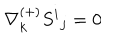
LaTeX: \nabla _ { k } ^ { ( + ) } S ^ { i } { } _ { j } = 0